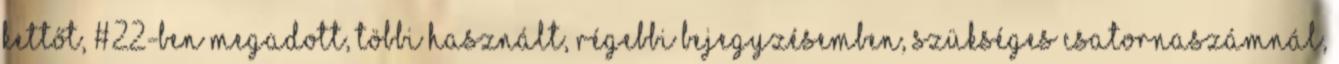
kettőt, #22-ben megadott, többi használt, régebbi bejegyzésemben, szükséges csatornaszámnál,